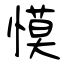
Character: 慔